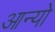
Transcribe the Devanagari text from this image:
आन्‍यो